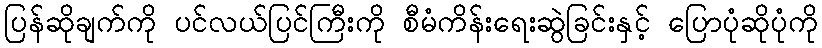
ပြန်ဆိုချက်ကို ပင်လယ်ပြင်ကြီးကို စီမံကိန်းရေးဆွဲခြင်းနှင့် ပြောပုံဆိုပုံကို